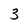
Character: 3